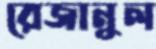
রেজানুল